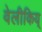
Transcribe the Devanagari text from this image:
वेलीकिय्